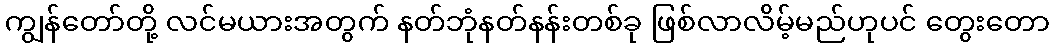
ကျွန်တော်တို့ လင်မယားအတွက် နတ်ဘုံနတ်နန်းတစ်ခု ဖြစ်လာလိမ့်မည်ဟုပင် တွေးတော